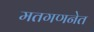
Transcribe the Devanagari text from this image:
मतगणनेत